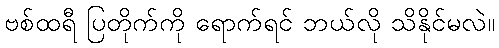
ဗစ်ထရီ ပြတိုက်ကို ရောက်ရင် ဘယ်လို သိနိုင်မလဲ။